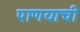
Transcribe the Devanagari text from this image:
पाणयाची